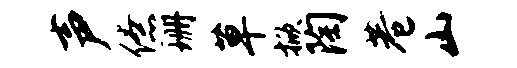
声僚珊草掀陶巷山